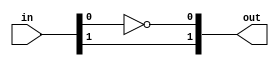
// SPDX-FileCopyrightText: SIMPLE-Crypto Contributors <info@simple-crypto.dev>
// SPDX-License-Identifier: CERN-OHL-P-2.0
// Copyright SIMPLE-Crypto Contributors.
// This source describes Open Hardware and is licensed under the CERN-OHL-P v2.
// You may redistribute and modify this source and make products using it under
// the terms of the CERN-OHL-P v2 (https://ohwr.org/cern_ohl_p_v2.txt).
// This source is distributed WITHOUT ANY EXPRESS OR IMPLIED WARRANTY, INCLUDING
// OF MERCHANTABILITY, SATISFACTORY QUALITY AND FITNESS FOR A PARTICULAR PURPOSE.
// Please see the CERN-OHL-P v2 for applicable conditions.

// Masked NOT gate
`ifdef FULLVERIF
(* fv_prop = "affine", fv_strat = "isolate", fv_order = d *)
`endif
`ifndef DEFAULTSHARES
`define DEFAULTSHARES 2
`endif
module MSKinv #(parameter d=`DEFAULTSHARES, parameter count=1) (in, out);


(* fv_type = "sharing", fv_latency = 0, fv_count=count *) input  [count*d-1:0] in;
(* fv_type = "sharing", fv_latency = 0, fv_count=count *) output [count*d-1:0] out;

genvar i;
generate
for(i=0; i<count; i=i+1) begin: inv
    assign out[i*d] = ~in[i*d];
    if (d > 1) begin
        assign out[i*d+1 +: d-1] = in[i*d+1 +: d-1];
    end
end
endgenerate

endmodule